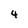
Character: 4